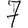
Digit: 7